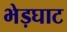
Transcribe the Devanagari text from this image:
भेड़घाट